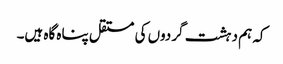
کہ ہم دہشت گردوں کی مستقل پناہ گاہ ہیں۔